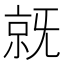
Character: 𣄵